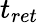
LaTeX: t_{ret}